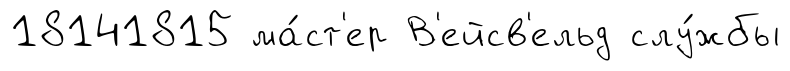
18141815 ма́ст'ер В'ейсв'ельд слу́жбы